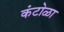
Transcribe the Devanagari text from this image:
कंटोळा